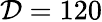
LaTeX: \mathcal{D}=120